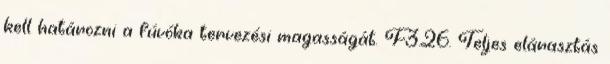
kell határozni a fúvóka tervezési magasságát. F3.26. Teljes elárasztás